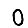
Digit: 0